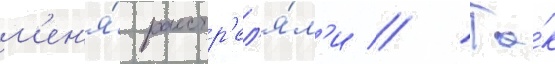
м'ен'я́ расстр'ел'я́л'и // Та́к